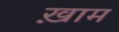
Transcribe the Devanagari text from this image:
ख़़ाम